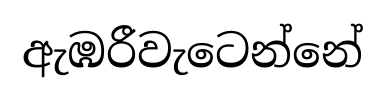
ඇඹරීවැටෙන්නේ